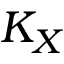
K _ { X }